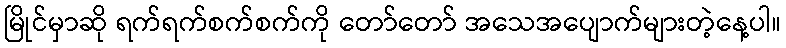
မြိုင်မှာဆို ရက်ရက်စက်စက်ကို တော်တော် အသေအပျောက်များတဲ့နေ့ပါ။